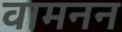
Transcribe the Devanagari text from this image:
वामनन